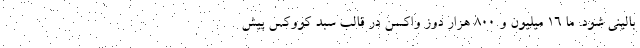
بالینی شود. ما ۱۶ میلیون و ۸۰۰ هزار دوز واکسن در قالب سبد کووکس پیش